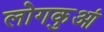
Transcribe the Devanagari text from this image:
लोगकुआं